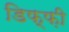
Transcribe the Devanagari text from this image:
डिफ़्फ़ी